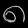
Digit: ၈